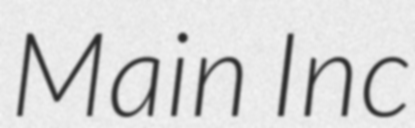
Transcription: Main Inc